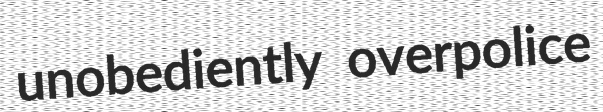
unobediently overpolice